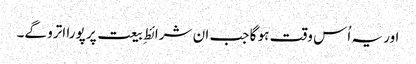
اور یہ اُس وقت ہو گا جب ان شرائطِ بیعت پر پورا اترو گے۔